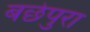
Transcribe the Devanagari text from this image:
बछेपुरा